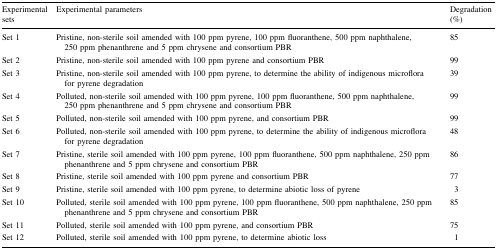
| Experimental sets | Experimental parameters | Degradation (%) |
 | --- | --- | --- |
 | Set 1 | Pristine, non-sterile soil amended with 100 ppm pyrene, 100 ppm fluoranthene, 500 ppm naphthalene, 250 ppm phenanthrene and 5 ppm chrysene and consortium PBR | 85 |
 | Set 2 | Pristine, non-sterile soil amended with 100 ppm pyrene and consortium PBR | 99 |
 | Set 3 | Pristine, non-sterile soil amended with 100 ppm pyrene, to determine the ability of indigenous microflora for pyrene degradation | 39 |
 | Set 4 | Polluted, non-sterile soil amended with 100 ppm pyrene, 100 ppm fluoranthene, 500 ppm naphthalene, 250 ppm phenanthrene and 5 ppm chrysene and consortium PBR | 99 |
 | Set 5 | Polluted, non-sterile soil amended with 100 ppm pyrene, and consortium PBR | 99 |
 | Set 6 | Polluted, non-sterile soil amended with 100 ppm pyrene, to determine the ability of indigenous microflora for pyrene degradation | 48 |
 | Set 7 | Pristine, sterile soil amended with 100 ppm pyrene, 100 ppm fluoranthene, 500 ppm naphthalene, 250 ppm phenanthrene and 5 ppm chrysene and consortium PBR | 86 |
 | Set 8 | Pristine, sterile soil amended with 100 ppm pyrene and consortium PBR | 77 |
 | Set 9 | Pristine, sterile soil amended with 100 ppm pyrene, to determine abiotic loss of pyrene | 3 |
 | Set 10 | Polluted, sterile soil amended with 100 ppm pyrene, 100 ppm fluoranthene, 500 ppm naphthalene, 250 ppm phenanthrene and 5 ppm chrysene and consortium PBR | 85 |
 | Set 11 | Polluted, sterile soil amended with 100 ppm pyrene, and consortium PBR | 75 |
 | Set 12 | Polluted, sterile soil amended with 100 ppm pyrene, to determine abiotic loss | 1 |